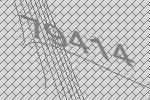
79414